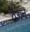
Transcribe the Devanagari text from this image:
ठॆऊन